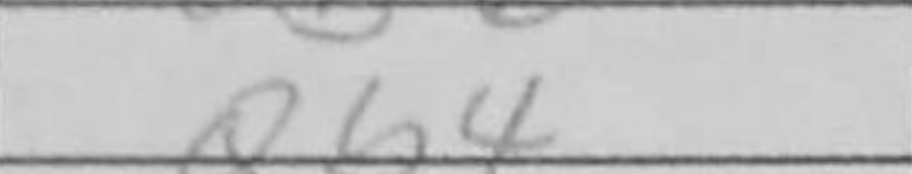
Transcription: Qb4